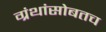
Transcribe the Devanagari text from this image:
ग्रंथांसोबतच